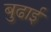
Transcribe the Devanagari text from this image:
बुढाई